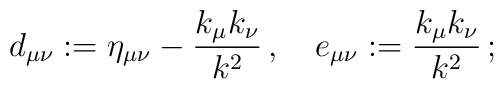
d_{\mu\nu}:=\eta_{\mu\nu}-\frac{k_{\mu}k_{\nu}}{k^2}\,,\quad e_{\mu\nu}:=\frac{k_{\mu}k_{\nu}}{k^2}\,;